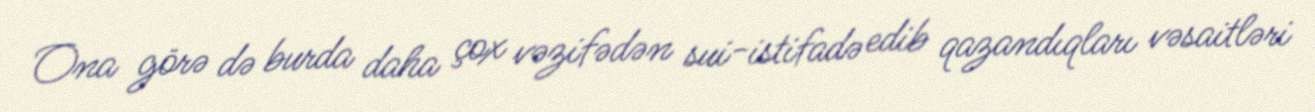
Ona görə də burda daha çox vəzifədən sui-istifadə edib qazandıqları vəsaitləri